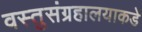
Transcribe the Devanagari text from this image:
वस्तुसंग्रहालयाकडे